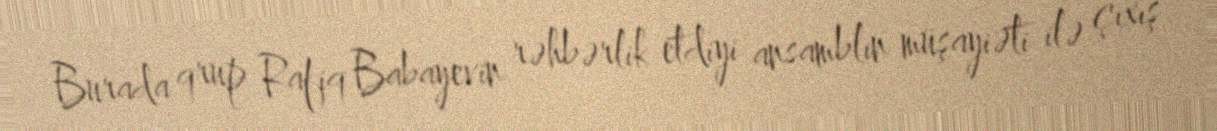
Burada qrup Rafiq Babayevin rəhbərlik etdiyi ansamblın müşayiəti ilə çıxış